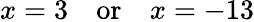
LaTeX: x=3\quad{\mathrm{or}}\quad x=-13